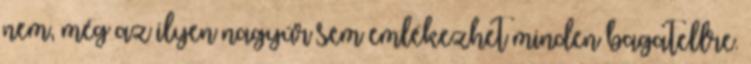
nem, még az ilyen nagyúr sem emlékezhet minden bagatellre.